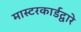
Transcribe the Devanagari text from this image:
मास्टरकार्डद्वारे